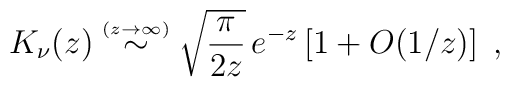
K_{\nu}(z) \stackrel{\scriptscriptstyle (z \rightarrow \infty)}{\sim}\sqrt{\frac{\pi}{2z}} \, e^{-z} \left[ 1 + O(1/z) \right]\;  ,